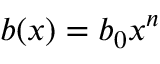
b ( x ) = b _ { 0 } x ^ { n }